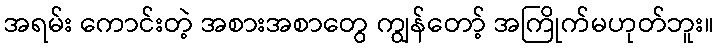
အရမ်း ကောင်းတဲ့ အစားအစာတွေ ကျွန်တော့် အကြိုက်မဟုတ်ဘူး။